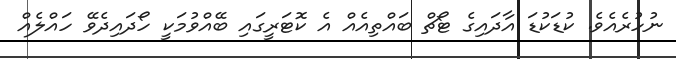
ނުހުރެއެވެ. ކުޑަކުޑަ އާދައިގެ ޓޯޗް ބައްތިއެއް އެ ކޮޓަރީގައި ބޭއްވުމަކީ ހޯދައިދެވޭ ހައްލެއް